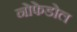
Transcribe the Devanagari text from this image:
नोफेडोल